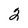
Character: 2